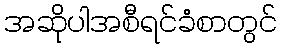
အဆိုပါအစီရင်ခံစာတွင်